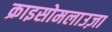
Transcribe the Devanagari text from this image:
क्राइसोमलाउज़ा